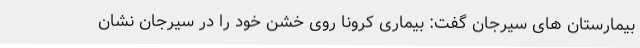
بیمارستان های سیرجان گفت: بیماری کرونا روی خشن خود را در سیرجان نشان